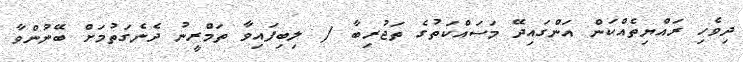
ދިވެހި ރައްޔިތެއްކަން އަންގައިދޭ މަސައްކަތުގެ ތަޖުރިބާ / ލިބިފައިވާ ތަމްރީނު ދެނެގަތުމަށް ބޭނުންވާ